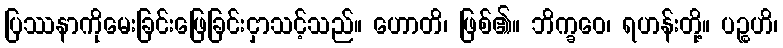
ပြဿနာကိုမေးခြင်းဖြေခြင်းငှာသင့်သည်။ ဟောတိ၊ ဖြစ်၏။ ဘိက္ခဝေ၊ ရဟန်းတို့။ ပဉ္စဟိ၊